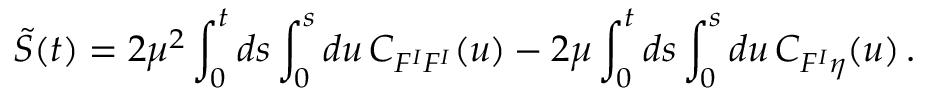
{ \cal \tilde { S } } ( t ) = 2 \mu ^ { 2 } \int _ { 0 } ^ { t } d s \int _ { 0 } ^ { s } d u \, C _ { F ^ { I } F ^ { I } } ( u ) - 2 \mu \int _ { 0 } ^ { t } d s \int _ { 0 } ^ { s } d u \, C _ { F ^ { I } \eta } ( u ) \, .